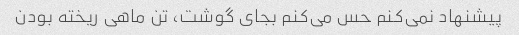
پیشنهاد نمی‌کنم حس می‌کنم بجای گوشت، تن ماهی ریخته بودن